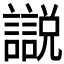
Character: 𧭚